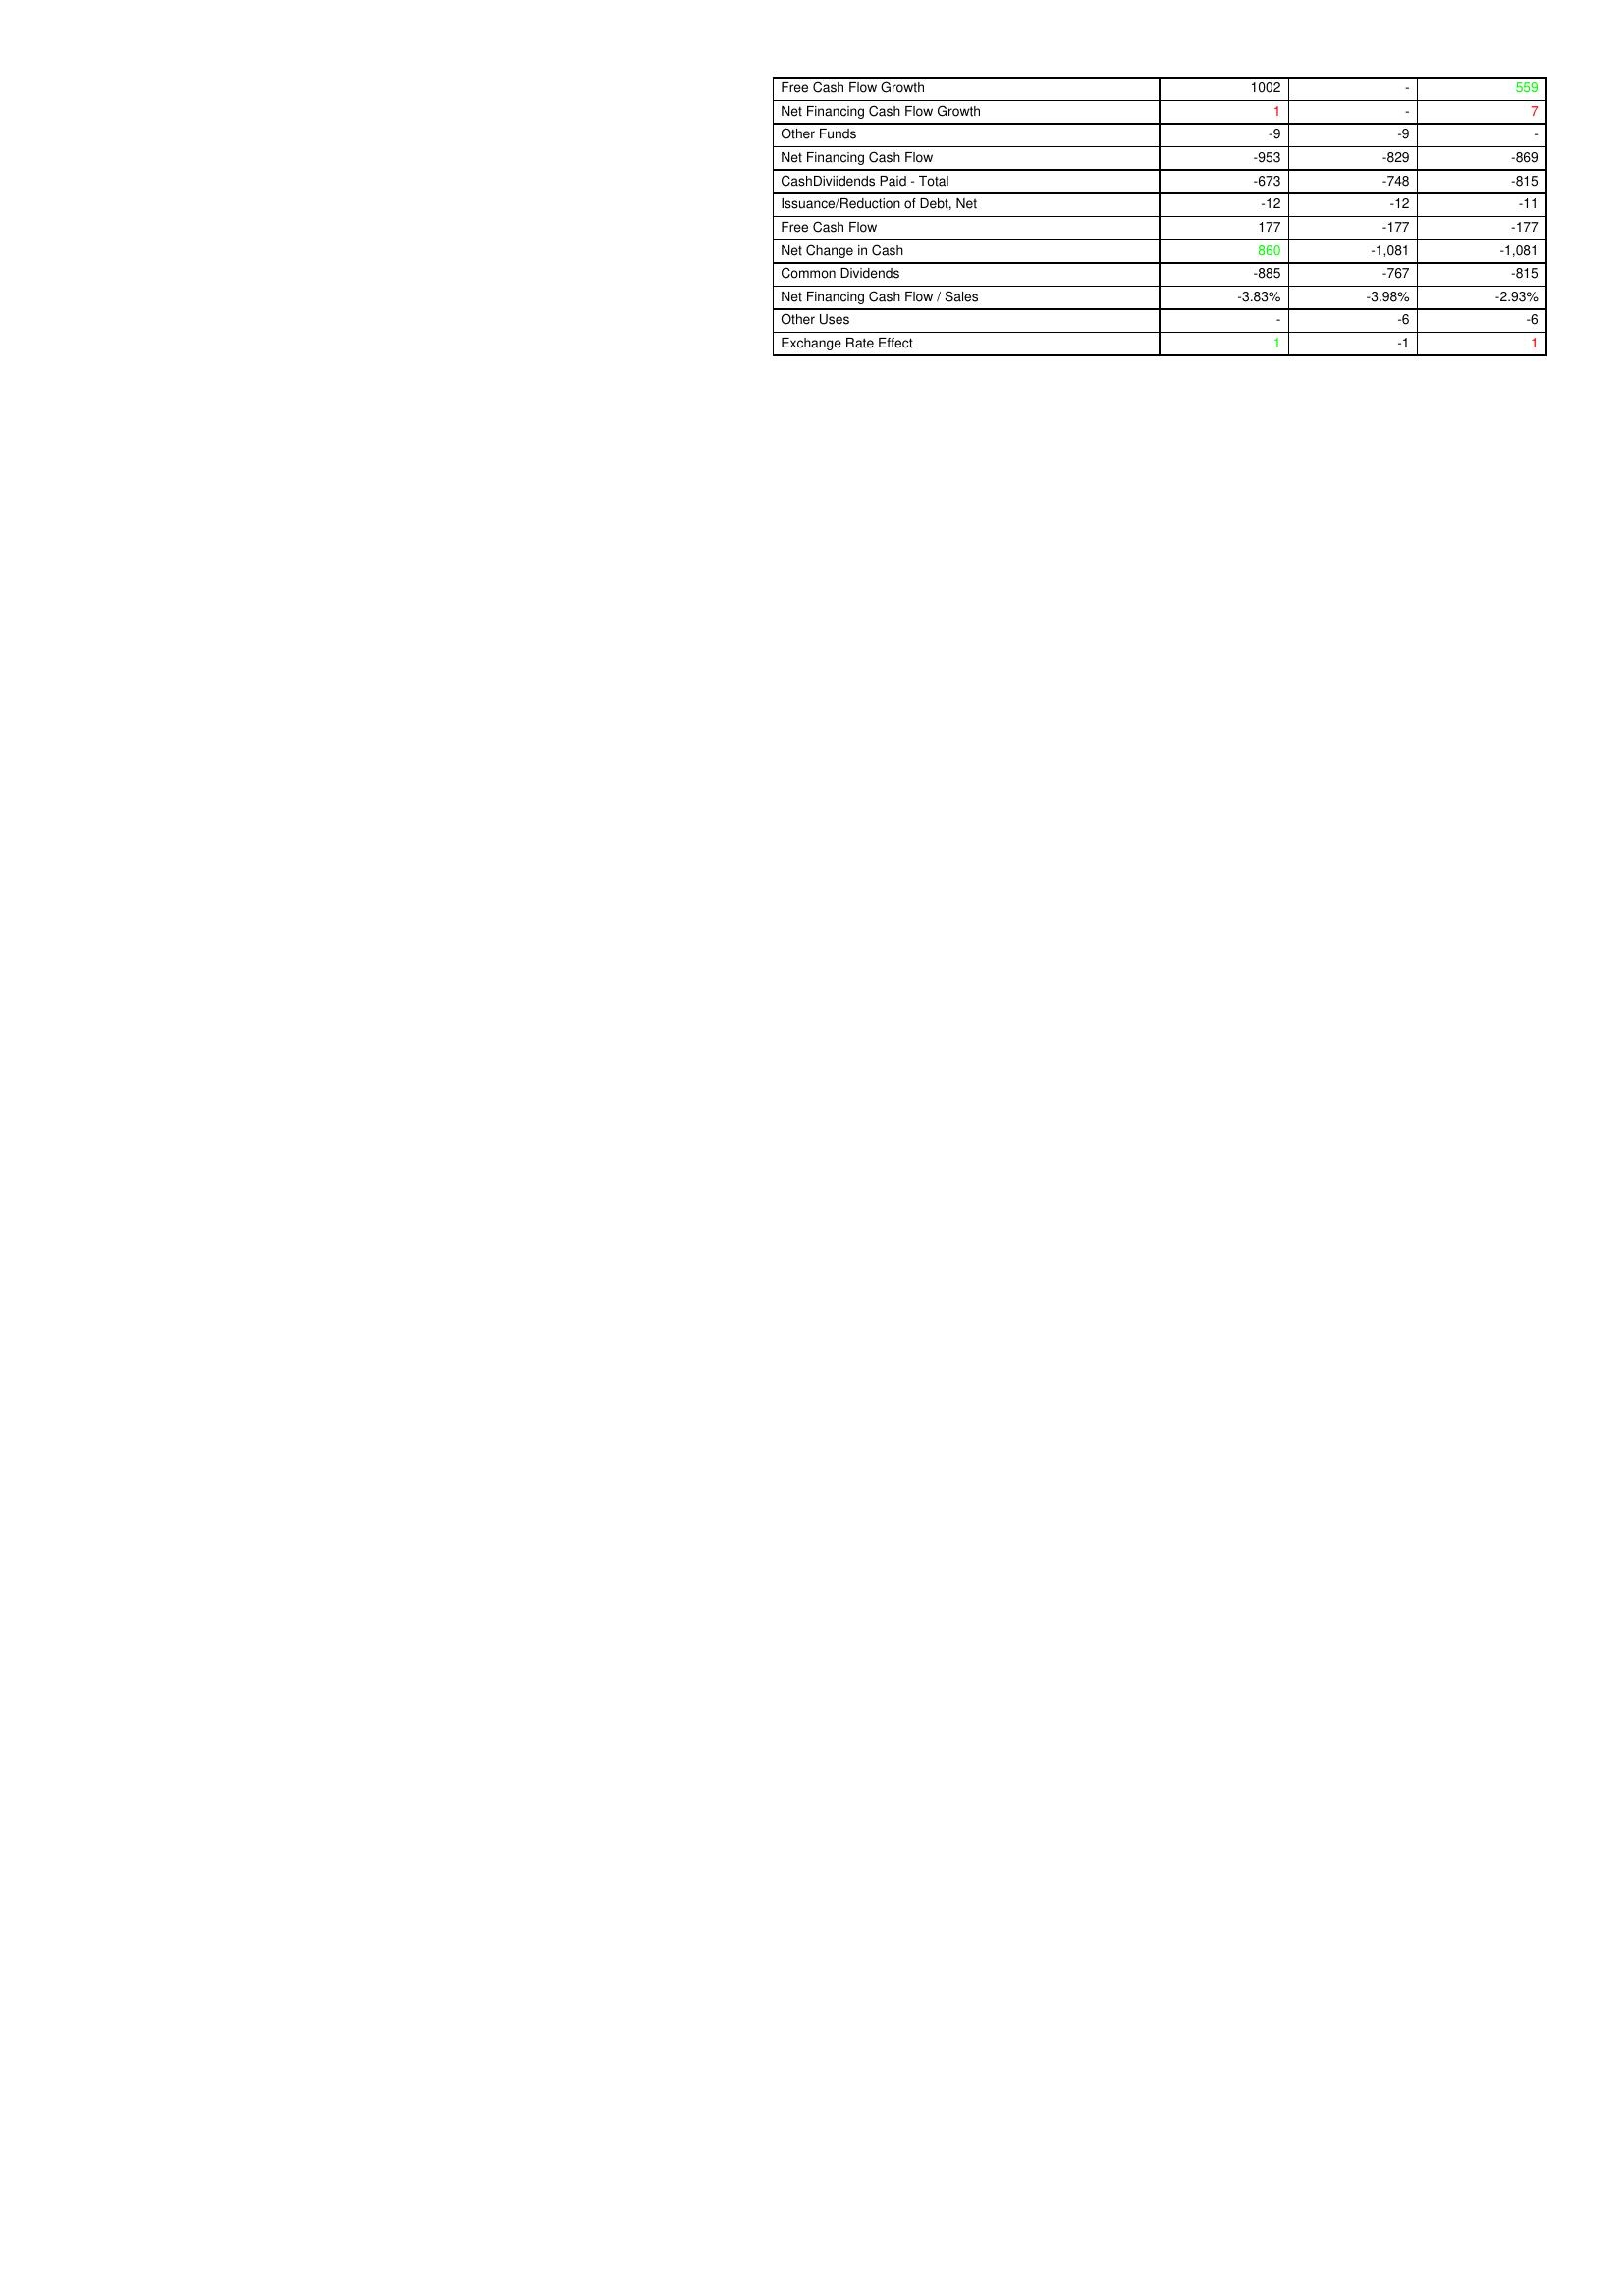
gt_parse: 2009: Financing Activities: Free Cash Flow Growth: 1002
Net Financing Cash Flow Growth: 1
Other Funds: -9
Net Financing Cash Flow: -953
CashDiviidends Paid - Total: -673
Issuance/Reduction of Debt, Net: -12
Free Cash Flow: 177
Net Change in Cash: 860
Common Dividends: -885
Net Financing Cash Flow / Sales: -3.83%
Other Uses: -
Exchange Rate Effect: 1
2008: Financing Activities: Free Cash Flow Growth: -
Net Financing Cash Flow Growth: -
Other Funds: -9
Net Financing Cash Flow: -829
CashDiviidends Paid - Total: -748
Issuance/Reduction of Debt, Net: -12
Free Cash Flow: -177
Net Change in Cash: -1,081
Common Dividends: -767
Net Financing Cash Flow / Sales: -3.98%
Other Uses: -6
Exchange Rate Effect: -1
2007: Financing Activities: Free Cash Flow Growth: 559
Net Financing Cash Flow Growth: 7
Other Funds: -
Net Financing Cash Flow: -869
CashDiviidends Paid - Total: -815
Issuance/Reduction of Debt, Net: -11
Free Cash Flow: -177
Net Change in Cash: -1,081
Common Dividends: -815
Net Financing Cash Flow / Sales: -2.93%
Other Uses: -6
Exchange Rate Effect: 1